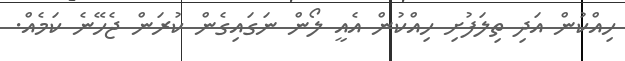
ހިއްކުން އަދި ތިލަފުށި ހިއްކުން އެއީ ލޯން ނަގައިގެން ކުރަން ޖެހޭނެ ކަމެއް.